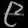
Digit: ၉